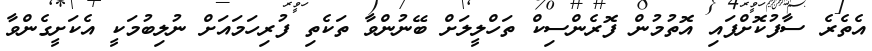
އެތެރެ ސާފުކޮށްފައި އޮތުމުން ފޮރެންސިކް ތަހްލީލަށް ބޭނުންވާ ތަކެތި ފުރިހަމައަށް ނުލިބުމަކީ އެކަށީގެންވާ